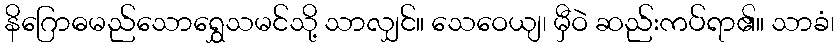
နိဂြောဓမည်သောရွှေသမင်သို့ သာလျှင်။ သေဝေယျ၊ မှီဝဲ ဆည်းကပ်ရာ၏။ သာခံ၊